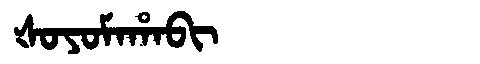
Manchu: ᡧᠣᠶᠣᠮᠠᡥᠠᠪᡳ
Romanization: ŠOYOMAHABI